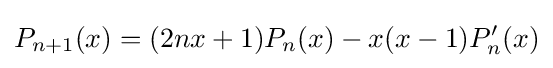
P_{n+1}(x)=(2nx+1)P_{n}(x)-x(x-1)P_{n}^{\prime }(x)